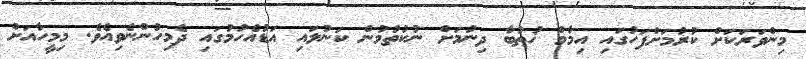
މިންވަރަކަށް ކުރުމަށްފަހުގައި އިމާމް ޚުޠުބާ ދިނުމަށް ނުކުތުމުން ކަނުލައި އަޑުއެހުމުގައި ދެމިހުންނެވިއެވެ. މިމީހާއަށް